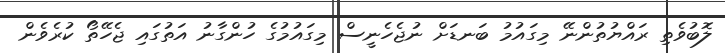
ލޮބުވެތި ރައްޔުތުންނޭ މިގައުމު ބަނޑަށް ނުޖެހެނީސް މިގައުމުގެ ހުންގާނު އަތުގައި ޖެހޭތޯ ކުރެވެން